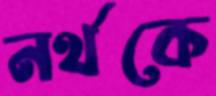
নর্থকে